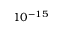
1 0 ^ { - 1 5 }